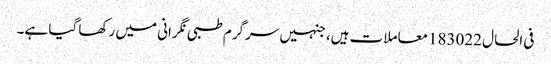
فی الحال 183022معاملات ہیں، جنہیں سرگرم طبی نگرانی میں رکھا گیا ہے۔